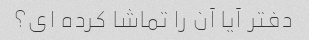
دفتر آیا آن را تماشا کرده ای؟